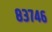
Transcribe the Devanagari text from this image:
८३७४६